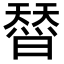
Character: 𭧣